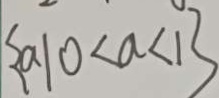
\{ a \vert 0 < a < 1 \}